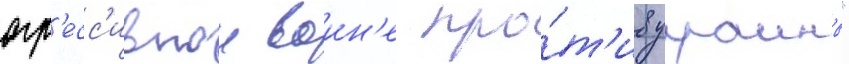
агр'есс'ивнои воин'е про́т'ив украины"